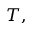
T ,